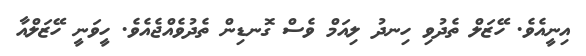
އިނީއެވެ. ހޭޒަލް ތެދުވި ހިނދު ލިއަމް ވެސް ގޮނޑިން ތެދުވެއްޖެއެވެ. ހީވަނީ ހޭޒަލްއާ